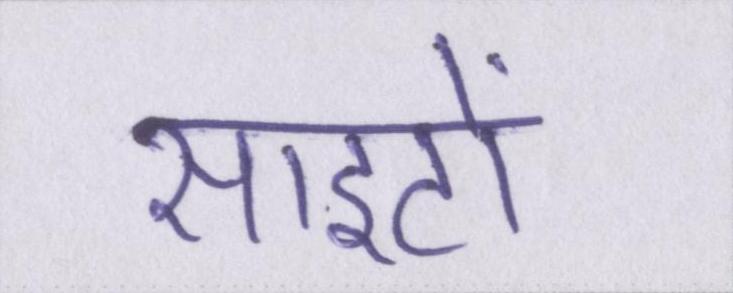
साइटों